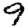
Digit: 9